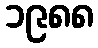
၁၉၈၈